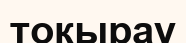
токырау